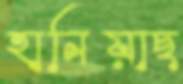
হানিয়াছ